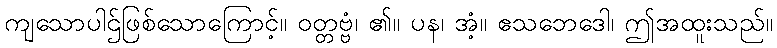
ကျသောပါဌ်ဖြစ်သောကြောင့်။ ဝတ္တဗ္ဗံ၊ ၏။ ပန၊ အံ့။ ဧသဘေဒေါ၊ ဤအထူးသည်။